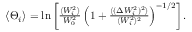
\begin{array} { r } { \langle \Theta _ { i } \rangle = \ln \left[ \frac { \langle W _ { i } ^ { 2 } \rangle } { W _ { 0 } ^ { 2 } } \left( 1 + \frac { \langle ( \Delta W _ { i } ^ { 2 } ) ^ { 2 } \rangle } { \langle W _ { i } ^ { 2 } \rangle ^ { 2 } } \right) ^ { - 1 / 2 } \right] . } \end{array}